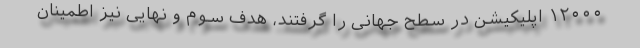
۱۲۰۰۰ اپلیکیشن در سطح جهانی را گرفتند، هدف سوم و نهایی نیز اطمینان